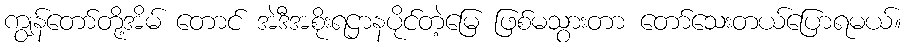
ကျွန်တော်တို့အိမ် တောင် အဲဒီအစိုးရဌာနပိုင်တဲ့မြေ ဖြစ်မသွားတာ တော်သေးတယ်ပြောရမယ်။